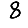
Digit: 8